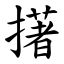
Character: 擆